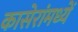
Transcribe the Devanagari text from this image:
कासेरांमध्यें